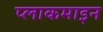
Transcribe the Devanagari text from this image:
प्लाकमाइन